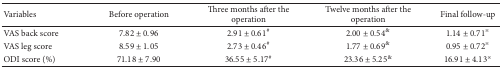
| Variables | Before operation | Three months after the operation | Twelve months after the operation | Final follow-up |
 | --- | --- | --- | --- | --- |
 | VAS back score | 7.82 ± 0.96 | 2.91 ± 0.61# | 2.00 ± 0.54& | 1.14 ± 0.71※ |
 | VAS leg score | 8.59 ± 1.05 | 2.73 ± 0.46# | 1.77 ± 0.69& | 0.95 ± 0.72※ |
 | ODI score (%) | 71.18 ± 7.90 | 36.55 ± 5.17# | 23.36 ± 5.25& | 16.91 ± 4.13※ |